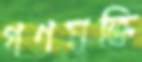
গণমুক্তি